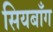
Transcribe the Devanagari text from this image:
सियबाँग